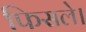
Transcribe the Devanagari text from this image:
फिसले।